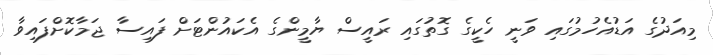
މިއަދުގެ އަޑުއެހުމުގައި ވަނީ ހެކީގެ ގޮތުގައި ރައީސް ޔާމީންގެ އެކައުންޓަށް ފައިސާ ޖަމާކޮށްފައިވާ